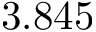
3 . 8 4 5